Annual report on the working of the mental hospitals in the Madras Presidency - 1912-1932
Year: 1912
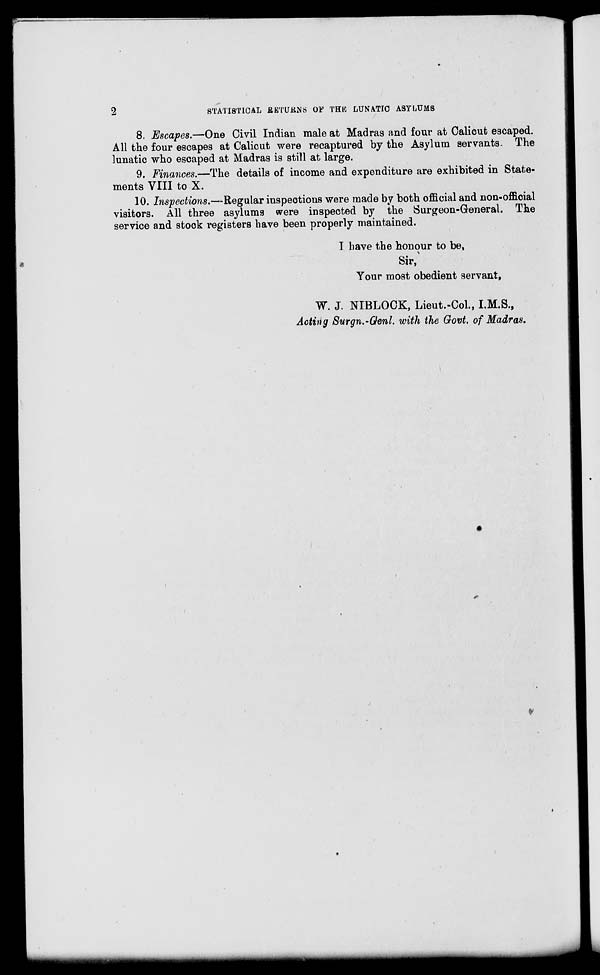
2
STATISTICAL RETURNS OF THE LUNATIC ASYLUMS
8. Escapes.—One Civil Indian male at Madras and four at Calicut escaped.
All the four escapes at Calicut were recaptured by the Asylum servants The
lunatic who escaped at Madras is still at large.
9. Finances.—The details of income and expenditure are exhibited in State-
ments VIII to X.
10. Inspections.—Regular inspections were made by both official and non-official
visitors. All three asylums were inspected by the Surgeon-General. The
service and stock registers have been properly maintained.
I have the honour to be,
Sir,
Your most obedient servant,
W. J. NIBLOCK, Lieut.-Col., I.M.S.,
Acting Surgn.-Genl. with the Govt. of Madras.